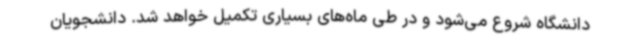
دانشگاه شروع می‌شود و در طی ماه‌های بسیاری تکمیل خواهد شد. دانشجویان